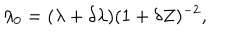
\lambda _ { 0 } = ( \lambda + \delta \lambda ) ( 1 + \delta Z ) ^ { - 2 } ,